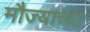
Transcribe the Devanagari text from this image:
मौज्याच्या